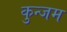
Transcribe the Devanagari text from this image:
कुन्जम